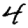
Digit: 4